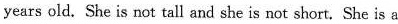
years old. She is not tall and she is not short. She is